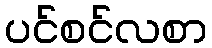
ပင်စင်လစာ